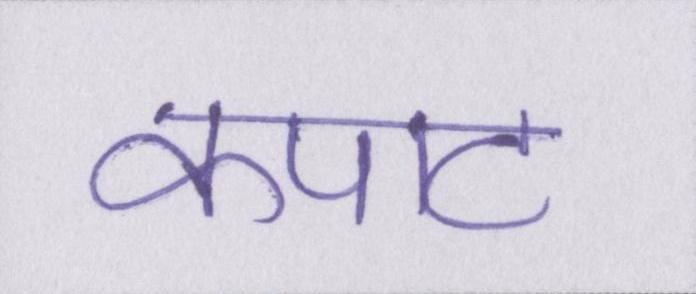
कपाट